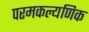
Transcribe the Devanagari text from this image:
परमकल्यणिक